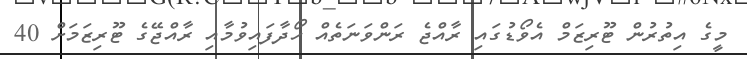
މީގެ އިތުރުން ޓޫރިޒަމް އެވޯޑުގައި ރާއްޖެ ރަންވަނަތެއް ހޯދާފައިވުމާއި ރާއްޖޭގެ ޓޫރިޒަމަށް 40